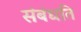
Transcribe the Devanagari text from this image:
संबंधति